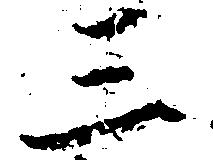
三